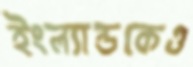
ইংল্যান্ডকেও